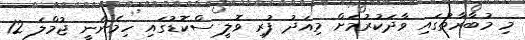
މި މުބާރާތުގައި ވާދަކުރުމަށް މިއަދު ފުރި ވޮލީ ސްކޮޑުގައި ހިމެނެނީ ޖުމްލަ 12